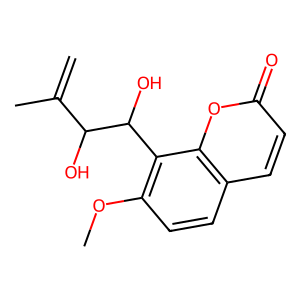
SMILES: C=C(C)C(O)C(O)c1c(OC)ccc2ccc(=O)oc12
Inhibits HIV replication: No